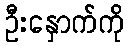
ဦးနှောက်ကို